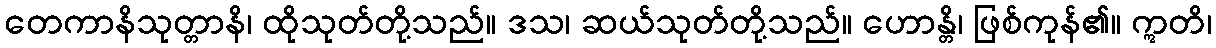
တေကာနိသုတ္တာနိ၊ ထိုသုတ်တို့သည်။ ဒသ၊ ဆယ်သုတ်တို့သည်။ ဟောန္တိ၊ ဖြစ်ကုန်၏။ ဣတိ၊